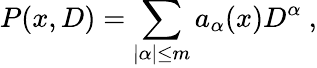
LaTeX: P(x,D)=\sum_{|\alpha|\leq m}a_{\alpha}(x)D^{\alpha}\ ,